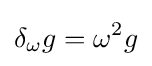
\delta _{\omega }g=\omega ^{2}g